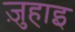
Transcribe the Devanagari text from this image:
ज़ुहाइ